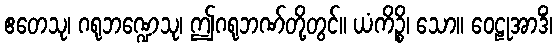
ဧတေသု၊ ဂရုဘဏ္ဍေသု၊ ဤဂရုဘဏ်တို့တွင်။ ယံကိဉ္စိ၊ သော။ ဝေဠုအာဒိံ၊